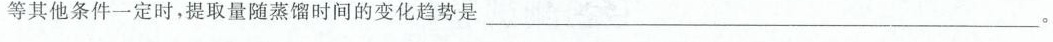
等其他条件一定时，提取量随蒸馏时间的变化趋势是___。